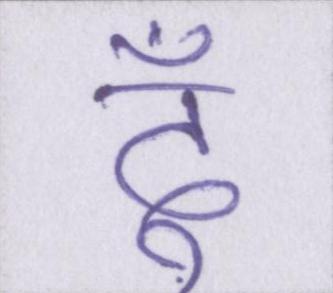
दूँ